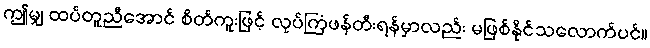
ဤမျှ ထပ်တူညီအောင် စိတ်ကူးဖြင့် လုပ်ကြံဖန်တီးရန်မှာလည်း မဖြစ်နိုင်သလောက်ပင်။